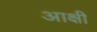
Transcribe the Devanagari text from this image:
आक्षी